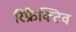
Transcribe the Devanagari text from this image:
रिफ्रैक्टिव